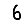
Digit: 6